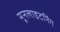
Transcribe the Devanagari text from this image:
मूनलाइटनिंग